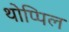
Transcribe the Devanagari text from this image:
थोप्पिल